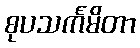
စုပသင်္ကမိတာ